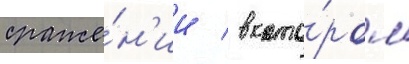
сраже́н'ии / в кото́ром